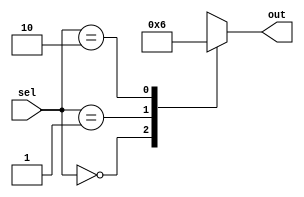
module dont_care_case (
    input [3:0] sel,
    output reg [1:0] out
);

always @(*) begin
    case (sel)
        4'b0000: out = 2'b00;
        4'b0001: out = 2'b01;
        4'b0010: out = 2'b10;
        default: out = 2'bx; // Don't care case
    endcase
end

endmodule